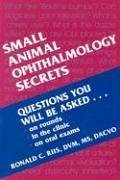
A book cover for Small Animal Ophthalmology Secrets, 1e; Ronald C. Riis DVM  MS  DACVO; Medical Books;